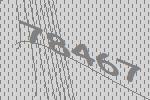
78467